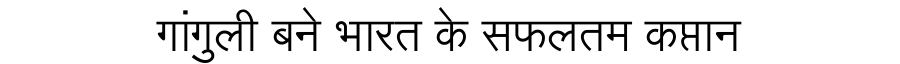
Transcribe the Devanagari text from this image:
गांगुली बने भारत के सफलतम कप्तान